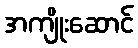
အကျိုးဆောင်